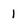
Character: 1